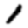
Digit: 1